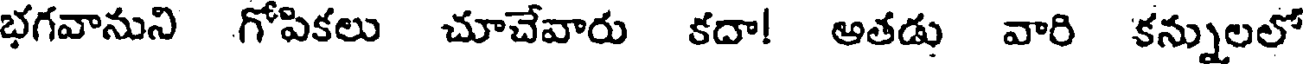
భగవానుని గోపికలు చూచేవారు కదా! అతడు వారి కన్నులలో